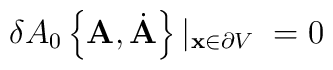
\delta A_{0}\left \{{\bf A}, \dot{{\bf A}}\right \}|_{{\bf x} \in \partial V}\; = 0